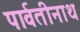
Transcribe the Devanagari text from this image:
पार्वतीनाथ